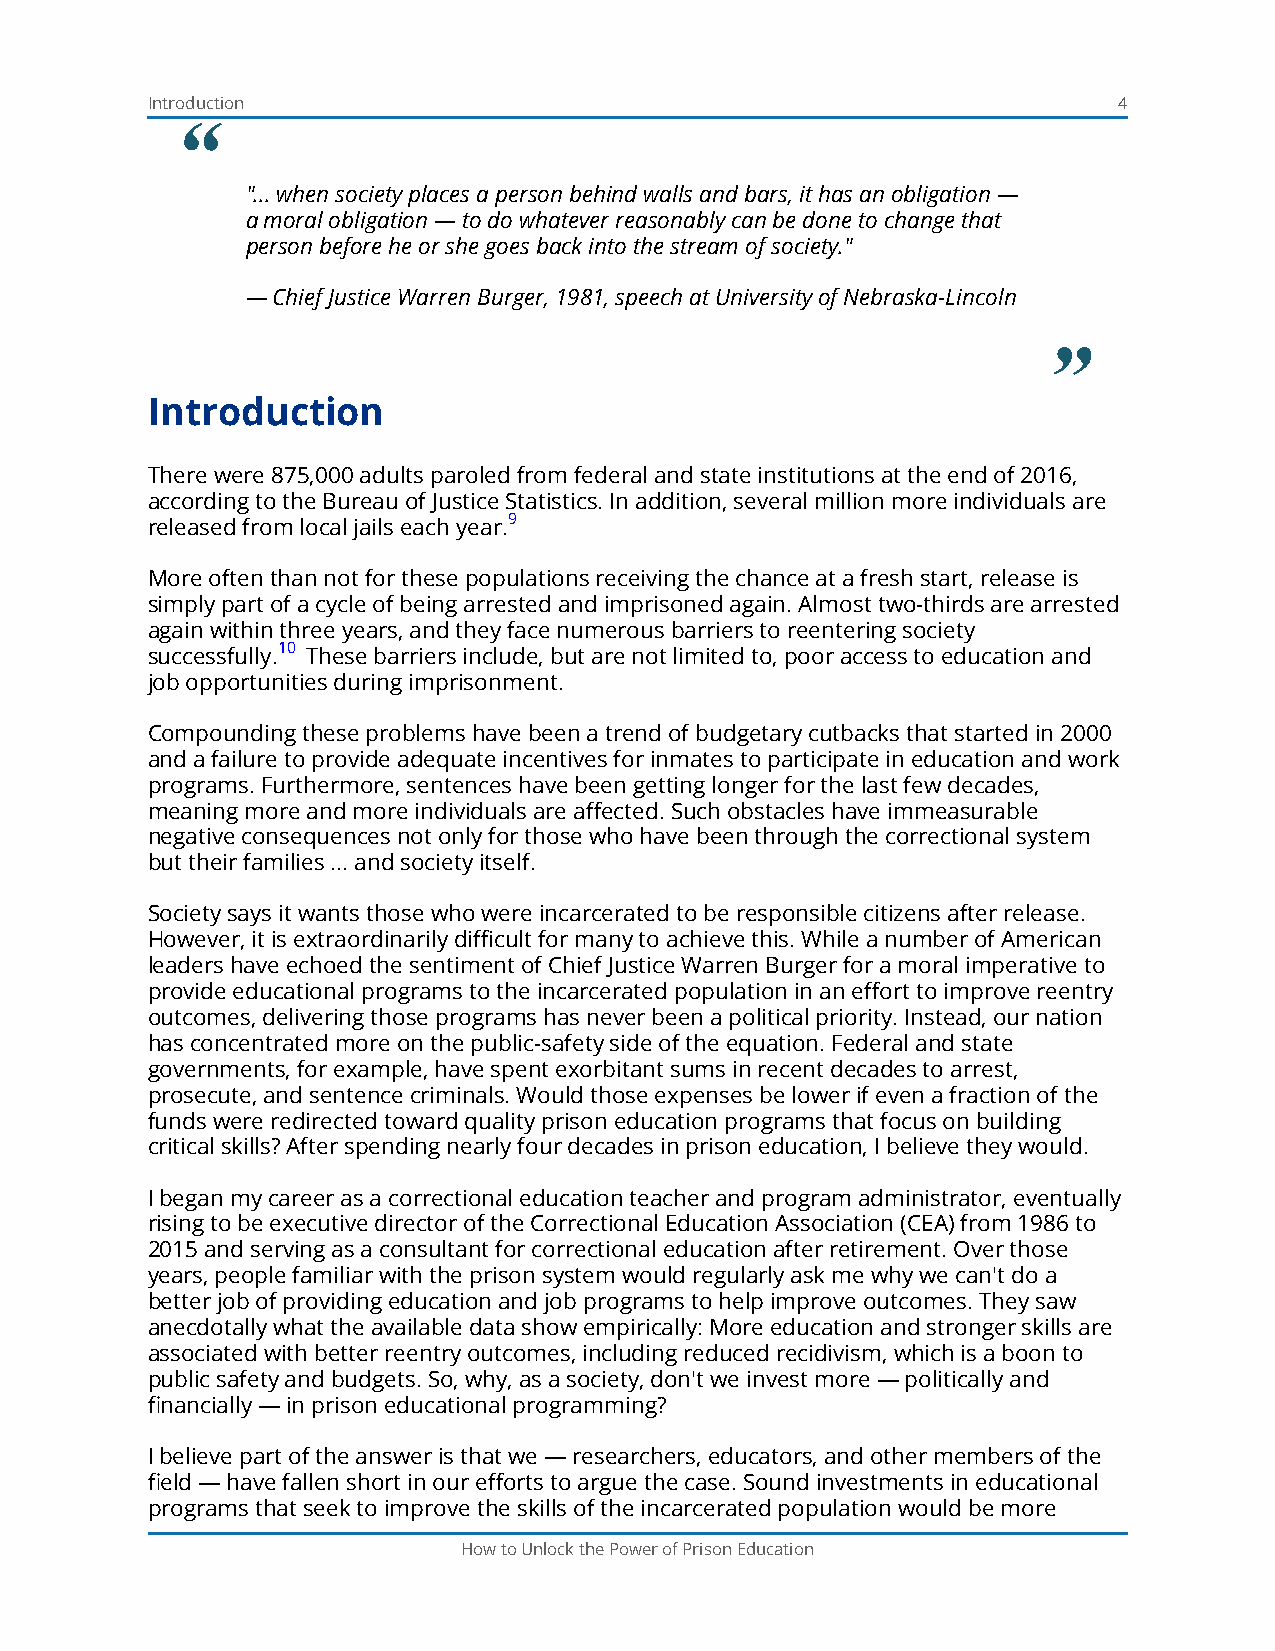
Introduction                                                    4
 “
 "... when society places a person behind walls and bars, it has an obligation —
 a moral obligation — to do whatever reasonably can be done to change that
 person before he or she goes back into the stream of society."
 — Chief Justice Warren Burger, 1981, speech at University of Nebraska-Lincoln
 ”
 Introduction
 There were 875,000 adults paroled from federal and state institutions at the end of 2016,
 according to the Bureau of Justice Statistics. In addition, several million more individuals are
 released from local jails each year.9
 More often than not for these populations receiving the chance at a fresh start, release is
 simply part of a cycle of being arrested and imprisoned again. Almost two-thirds are arrested
 again within three years, and they face numerous barriers to reentering society
 successfully.10 These barriers include, but are not limited to, poor access to education and
 job opportunities during imprisonment.
 Compounding these problems have been a trend of budgetary cutbacks that started in 2000
 and a failure to provide adequate incentives for inmates to participate in education and work
 programs. Furthermore, sentences have been getting longer for the last few decades,
 meaning more and more individuals are affected. Such obstacles have immeasurable
 negative consequences not only for those who have been through the correctional system
 but their families ... and society itself.
 Society says it wants those who were incarcerated to be responsible citizens after release.
 However, it is extraordinarily difficult for many to achieve this. While a number of American
 leaders have echoed the sentiment of Chief Justice Warren Burger for a moral imperative to
 provide educational programs to the incarcerated population in an effort to improve reentry
 outcomes, delivering those programs has never been a political priority. Instead, our nation
 has concentrated more on the public-safety side of the equation. Federal and state
 governments, for example, have spent exorbitant sums in recent decades to arrest,
 prosecute, and sentence criminals. Would those expenses be lower if even a fraction of the
 funds were redirected toward quality prison education programs that focus on building
 critical skills? After spending nearly four decades in prison education, I believe they would.
 I began my career as a correctional education teacher and program administrator, eventually
 rising to be executive director of the Correctional Education Association (CEA) from 1986 to
 2015 and serving as a consultant for correctional education after retirement. Over those
 years, people familiar with the prison system would regularly ask me why we can't do a
 better job of providing education and job programs to help improve outcomes. They saw
 anecdotally what the available data show empirically: More education and stronger skills are
 associated with better reentry outcomes, including reduced recidivism, which is a boon to
 public safety and budgets. So, why, as a society, don't we invest more — politically and
 financially — in prison educational programming?
 I believe part of the answer is that we — researchers, educators, and other members of the
 field — have fallen short in our efforts to argue the case. Sound investments in educational
 programs that seek to improve the skills of the incarcerated population would be more
 How to Unlock the Power of Prison Education